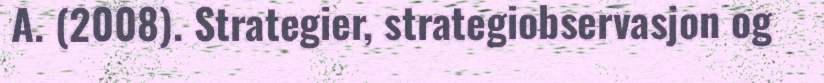
A. (2008). Strategier, strategiobservasjon og